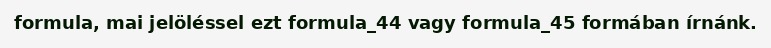
formula, mai jelöléssel ezt formula_44 vagy formula_45 formában írnánk.